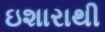
ઇશારાથી